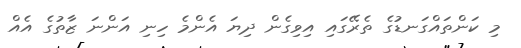
މި ކަންތައްގަނޑުގެ ތެރޭގައި އިވިގެން ދިޔަ އެންމެ ހިނި އަންނަ ޒާތުގެ އެއް